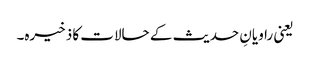
یعنی راویانِ حدیث کے حالات کا ذخیرہ۔